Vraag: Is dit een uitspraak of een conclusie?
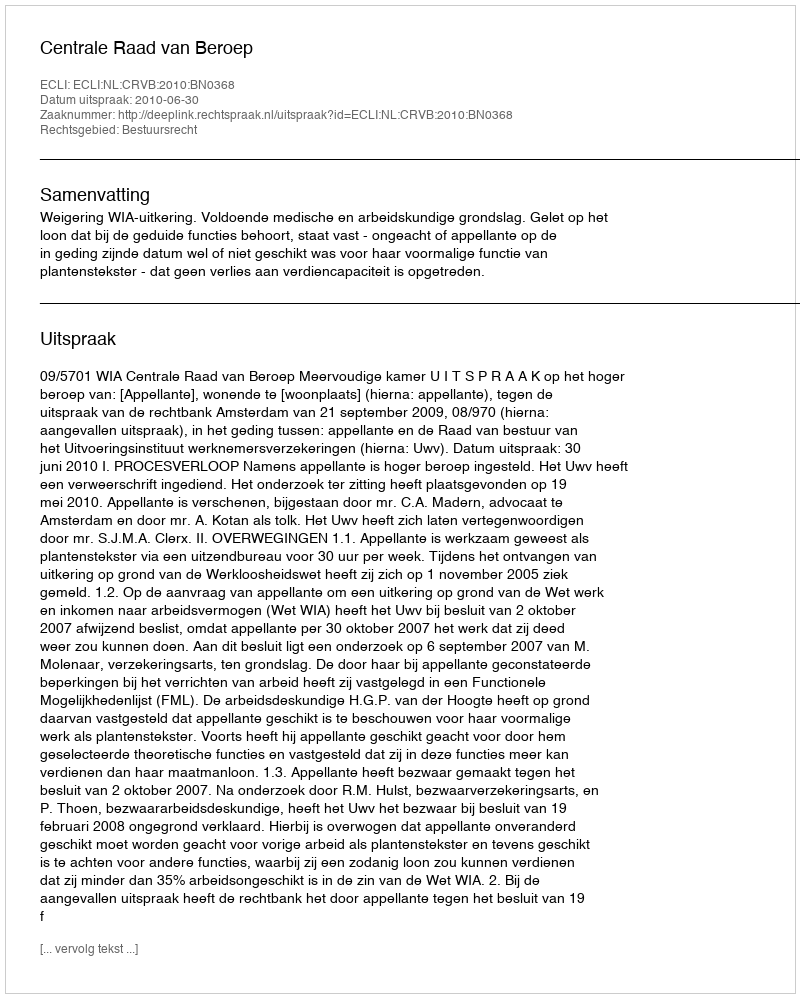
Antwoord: Uitspraak